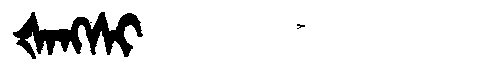
Manchu: ᡧᠠᠩᠰᡳ
Romanization: ŠANGSI